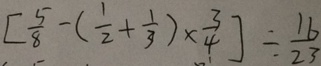
[ \frac { 5 } { 8 } - ( \frac { 1 } { 2 } + \frac { 1 } { 3 } ) \times \frac { 3 } { 4 } ] \div \frac { 1 6 } { 2 3 }